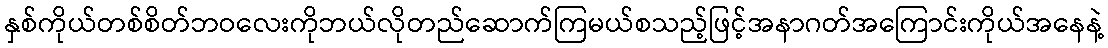
နှစ်ကိုယ်တစ်စိတ်ဘဝလေးကိုဘယ်လိုတည်ဆောက်ကြမယ်စသည့်ဖြင့်အနာဂတ်အကြောင်းကိုယ်အနေနဲ့